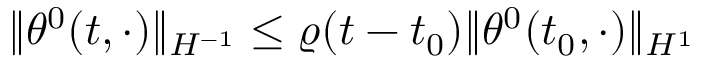
\| \theta ^ { 0 } ( t , \cdot ) \| _ { H ^ { - 1 } } \leq \varrho ( t - t _ { 0 } ) \| \theta ^ { 0 } ( t _ { 0 } , \cdot ) \| _ { H ^ { 1 } }